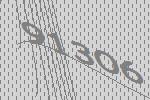
91306